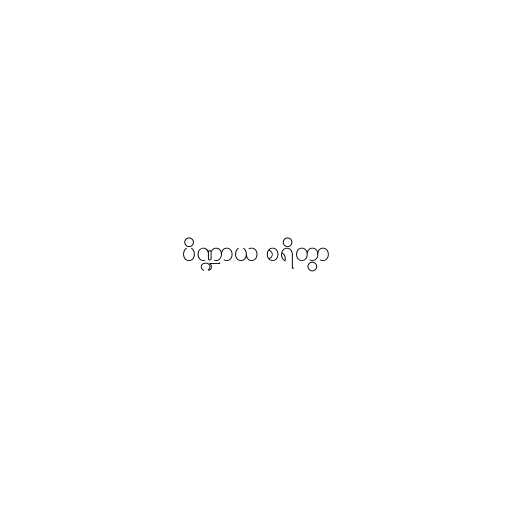
ပိဏ္ဍာယ စရိတွာ